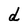
Character: d